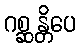
ဂစ္ဆန္တိပေ